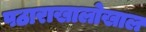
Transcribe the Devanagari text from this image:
पठाराखालोखाल